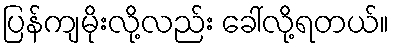
ပြန်ကျမိုးလို့လည်း ခေါ်လို့ရတယ်။